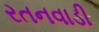
રતનવાડી